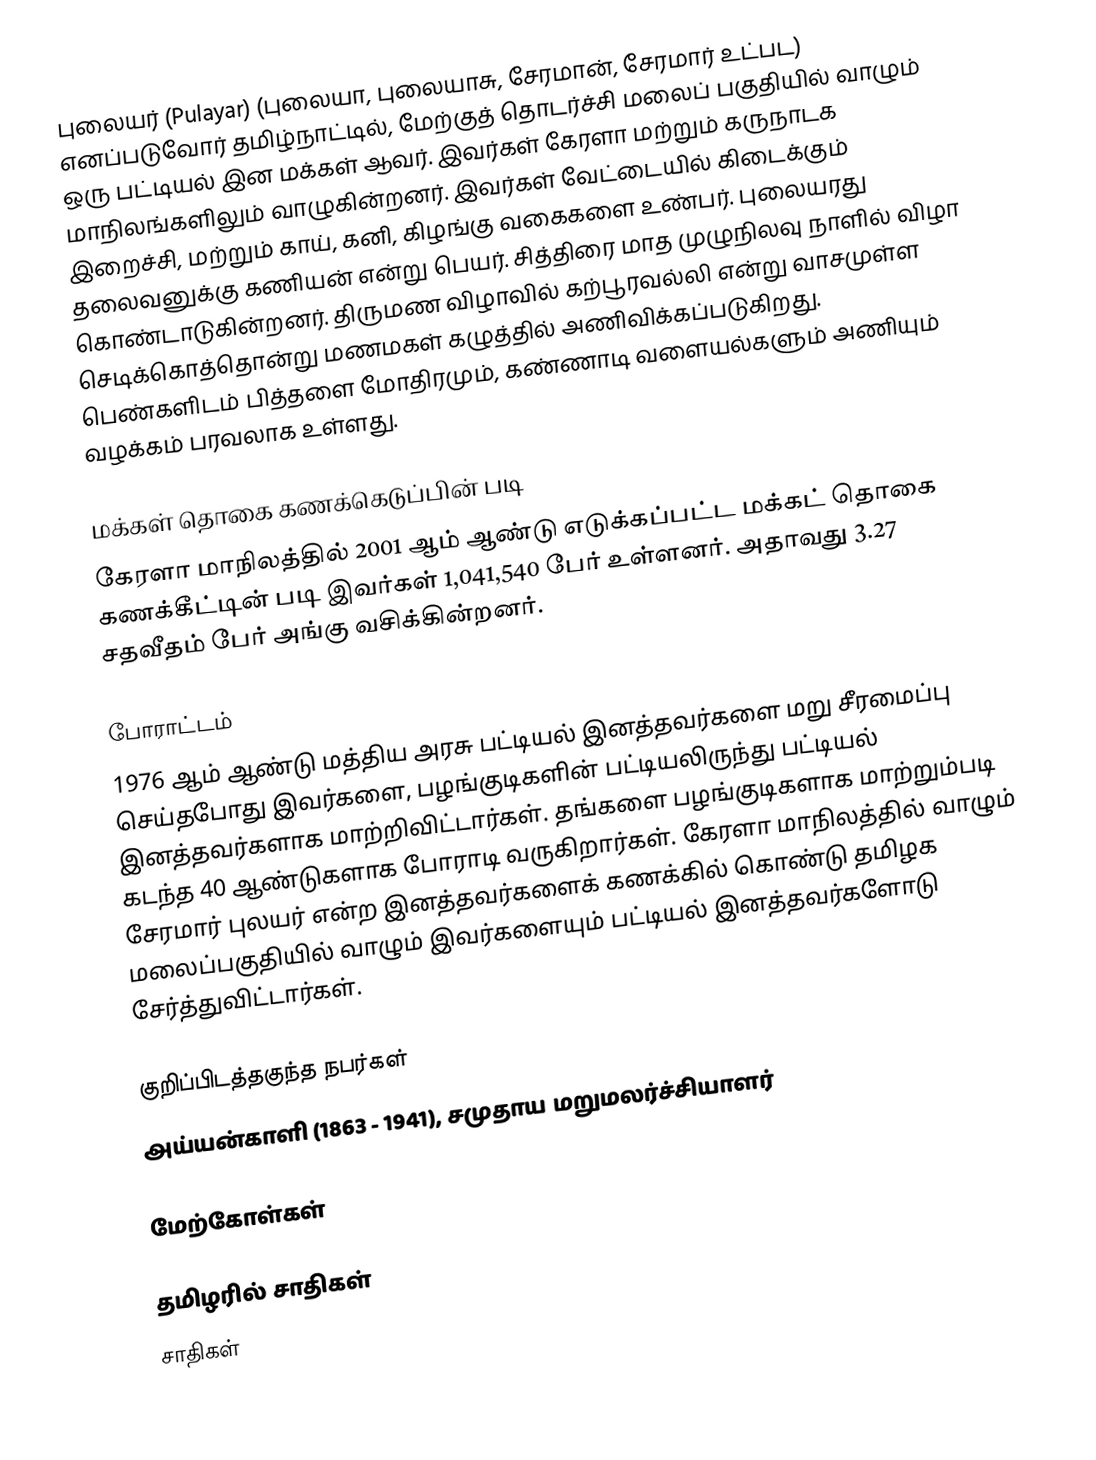
புலையர் (Pulayar) (புலையா, புலையாசு, சேரமான், சேரமார் உட்பட) எனப்படுவோர் தமிழ்நாட்டில், மேற்குத் தொடர்ச்சி மலைப் பகுதியில் வாழும் ஒரு பட்டியல் இன மக்கள் ஆவர். இவர்கள் கேரளா மற்றும் கருநாடக மாநிலங்களிலும் வாழுகின்றனர். இவர்கள் வேட்டையில் கிடைக்கும் இறைச்சி, மற்றும் காய், கனி, கிழங்கு வகைகளை உண்பர். புலையரது தலைவனுக்கு கணியன் என்று பெயர். சித்திரை மாத முழுநிலவு நாளில் விழா கொண்டாடுகின்றனர். திருமண விழாவில் கற்பூரவல்லி என்று வாசமுள்ள செடிக்கொத்தொன்று மணமகள் கழுத்தில் அணிவிக்கப்படுகிறது. பெண்களிடம் பித்தளை மோதிரமும், கண்ணாடி வளையல்களும் அணியும் வழக்கம் பரவலாக உள்ளது.

மக்கள் தொகை கணக்கெடுப்பின் படி
கேரளா மாநிலத்தில் 2001 ஆம் ஆண்டு எடுக்கப்பட்ட மக்கட் தொகை கணக்கீட்டின் படி இவர்கள் 1,041,540 பேர் உள்ளனர். அதாவது 3.27 சதவீதம் பேர் அங்கு வசிக்கின்றனர்.

போராட்டம்
1976 ஆம் ஆண்டு மத்திய அரசு பட்டியல் இனத்தவர்களை மறு சீரமைப்பு செய்தபோது இவர்களை, பழங்குடிகளின் பட்டியலிருந்து பட்டியல் இனத்தவர்களாக மாற்றிவிட்டார்கள். தங்களை பழங்குடிகளாக மாற்றும்படி கடந்த 40 ஆண்டுகளாக போராடி வருகிறார்கள். கேரளா மாநிலத்தில் வாழும் சேரமார் புலயர் என்ற இனத்தவர்களைக் கணக்கில் கொண்டு தமிழக மலைப்பகுதியில் வாழும் இவர்களையும் பட்டியல் இனத்தவர்களோடு சேர்த்துவிட்டார்கள்.

குறிப்பிடத்தகுந்த நபர்கள்
 அய்யன்காளி (1863 - 1941), சமுதாய மறுமலர்ச்சியாளர்

மேற்கோள்கள்

தமிழரில் சாதிகள்
சாதிகள்